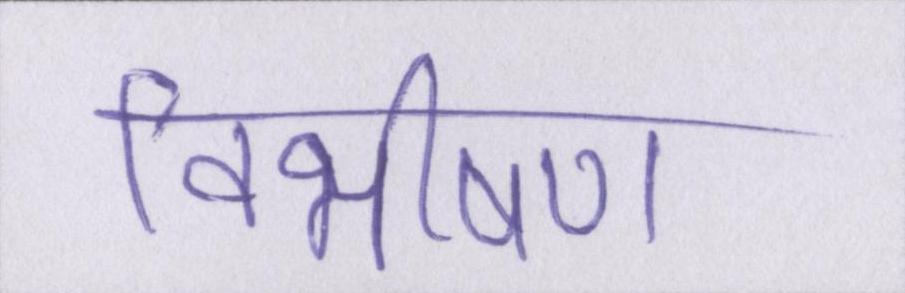
विभीषण